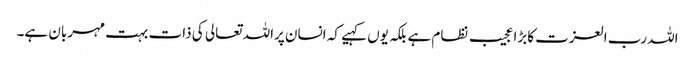
اللہ رب العزت کابڑا عجیب نظام ہے بلکہ یوں کہیے کہ انسان پراللہ تعالی کی ذات بہت مہربان ہے۔